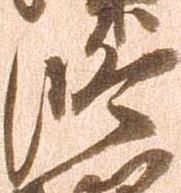
修